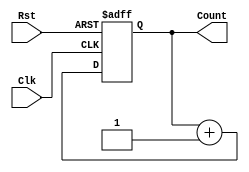
`timescale 1ns / 1ps
//////////////////////////////////////////////////////////////////////////////////
// Company: 
// Engineer: 
// 
// Design Name: 
// Module Name: Counter_N
// Project Name: 
// Target Devices: 
// Tool Versions: 
// Description: 
// 
// Dependencies: 
// 
// Revision:
// Revision 0.01 - File Created
// Additional Comments:
// 
//////////////////////////////////////////////////////////////////////////////////


module Counter_N(
    input Clk,
    input Rst,
    output reg [3:0] Count
    ); 
    always@(posedge Clk, posedge Rst)
    begin  
    if(Rst==1)
    Count=0;
    else
    Count=Count+1;
    
    end
endmodule